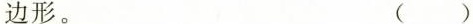
边形。 ()